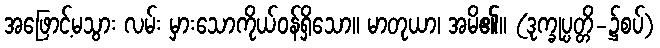
အဖြောင့်မသွား လမ်း မှားသောကိုယ်ဝန်ရှိသော။ မာတုယာ၊ အမိ၏။ (ဒုက္ခုပ္ပတ္တိ-၌စပ်)